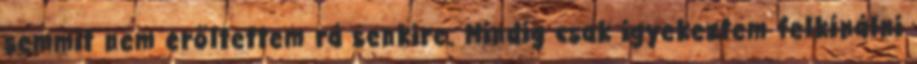
semmit nem erőltettem rá senkire. Mindig csak igyekeztem felkínálni